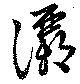
灞